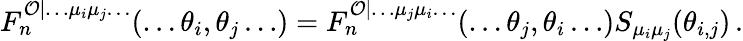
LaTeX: F_{n}^{\mathcal{O}|\ldots\mu_{i}\mu_{j}\ldots}(\ldots\theta_{i},\theta_{j}\ldots)=F_{n}^{\mathcal{O}|\ldots\mu_{j}\mu_{i}\ldots}(\ldots\theta_{j},\theta_{i}\ldots)S_{\mu_{i}\mu_{j}}(\theta_{i,j})\, .